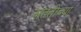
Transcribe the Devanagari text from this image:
संततीच्या